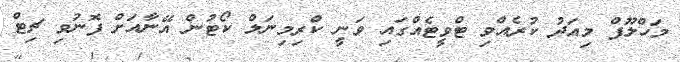
މަހްލޫފް މިއަދު ކުރެއްވި ޓްވީޓެއްގައި ވަނީ ކްރިމިނަލް ކޯޓުން އޭނާއަށް ފޮނުވި ޗިޓް